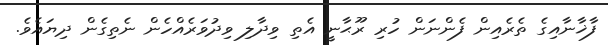
ފާޚާނާއިގެ ތެރެއިން ފެންނަން ހުރި ރޫޙާނީ އެތި ވިދާލި ވިދުވަރެއްހެން ނެތިގެން ދިޔައެވެ.